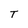
Character: T